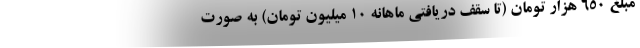
مبلغ ۶۵۰ هزار تومان (تا سقف دریافتی ماهانه ۱۰ میلیون تومان) به صورت